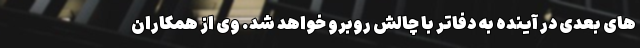
های بعدی در آینده به دفاتر با چالش روبرو خواهد شد. وی از همکاران